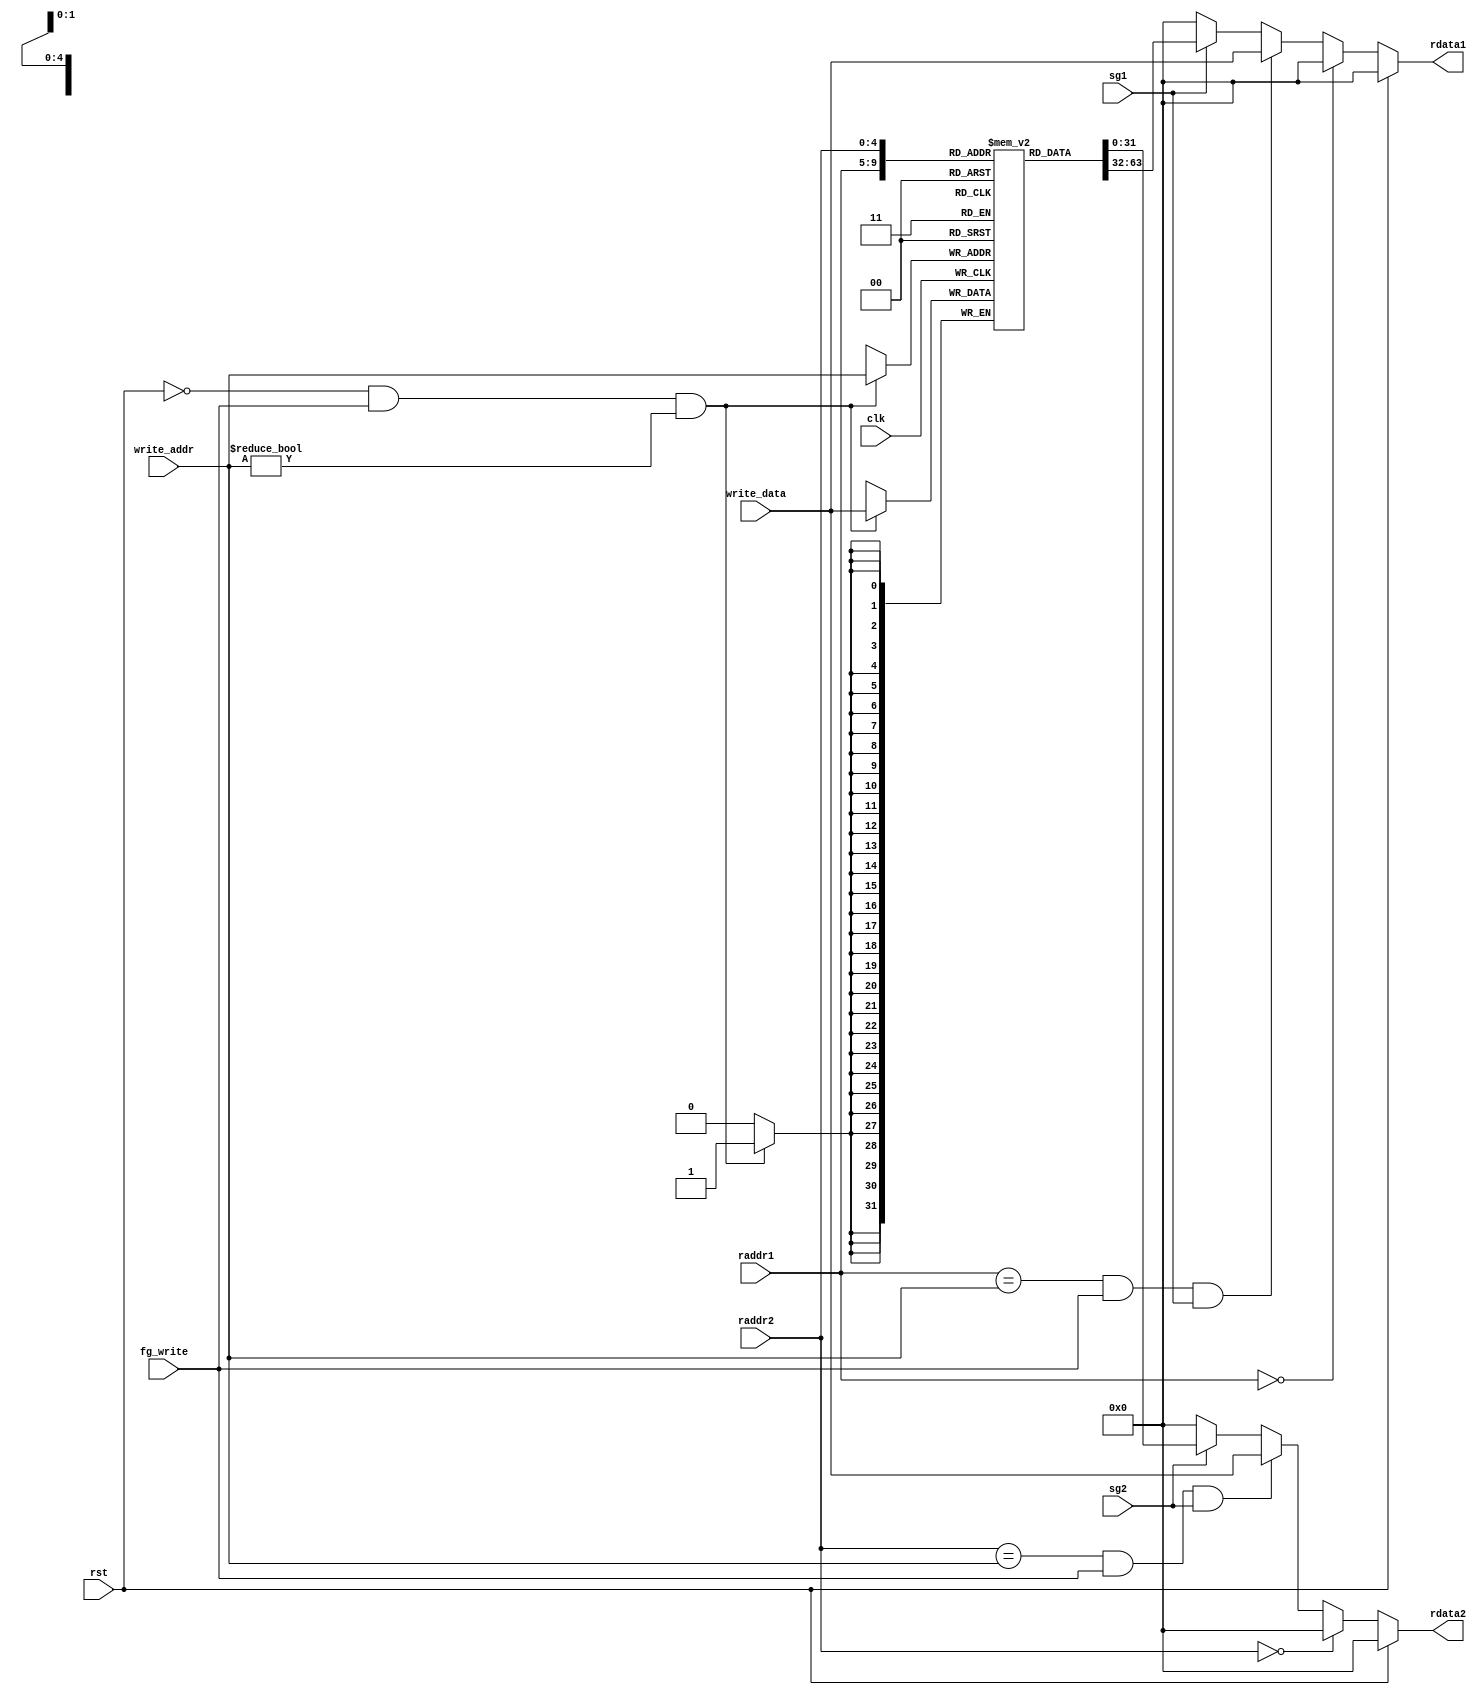
module register(clk, rst, fg_write, write_addr, write_data, sg1, raddr1, rdata1, sg2, raddr2, rdata2);
input wire clk, rst, fg_write, sg1, sg2;
input wire[4:0] write_addr, raddr1, raddr2;
input wire[31:0] write_data;
output reg[31:0] rdata1, rdata2;
reg[31:0] regs[0:31];

	always @(posedge clk)
	begin
		if((rst == 1'b0) && (fg_write == 1'b1) && (write_addr != 5'h0)) begin regs[write_addr] <= write_data; end
	end
	
	
	always @(*)
	begin
		if(rst == 1'b1) begin rdata1 <= 32'h00000000; end
		else if(raddr1 == 5'h0) begin rdata1 <= 32'h00000000; end
		else if((raddr1 == write_addr) && (fg_write == 1'b1) && (sg1 == 1'b1))
		begin rdata1 <= write_data; end
		else if(sg1 == 1'b1)
		begin rdata1 <= regs[raddr1]; end
		else begin rdata1 <= 32'h00000000; end
	end

	always @(*)
	begin
		if(rst == 1'b1) begin rdata2 <= 32'h00000000; end
		else if(raddr2 == 5'h0) 
		begin rdata2 <= 32'h00000000; end
		else if((raddr2 == write_addr) && (fg_write == 1'b1) && (sg2 == 1'b1))
		begin rdata2 <= write_data; end
		else if(sg2 == 1'b1) begin rdata2 <= regs[raddr2]; end
		else begin rdata2 <= 32'h00000000; end
	end

endmodule